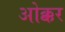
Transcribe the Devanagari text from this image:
ओक्कर